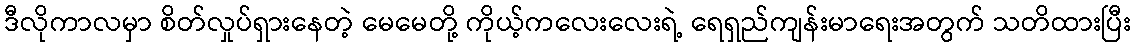
ဒီလိုကာလမှာ စိတ်လှုပ်ရှားနေတဲ့ မေမေတို့ ကိုယ့်ကလေးလေးရဲ့ ရေရှည်ကျန်းမာရေးအတွက် သတိထားပြီး